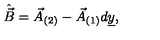
\hat { \vec { B } } = \vec { A } _ { ( 2 ) } - \vec { A } _ { ( 1 ) } d \underline { { y } } ,